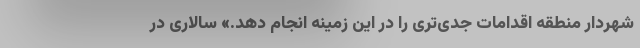
شهردار منطقه اقدامات جدی‌تری را در این زمینه انجام دهد.» سالاری در